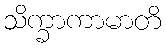
သိက္ခာကာမာတိ